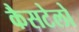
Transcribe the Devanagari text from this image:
कैसटेलो